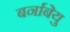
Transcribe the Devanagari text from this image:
बर्नाबेयु